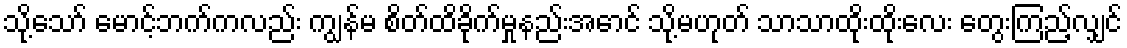
သို့သော် မောင့်ဘက်ကလည်း ကျွန်မ စိတ်ထိခိုက်မှုနည်းအောင် သို့မဟုတ် သာသာထိုးထိုးလေး တွေးကြည့်လျှင်